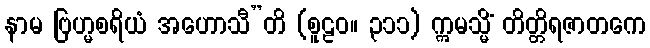
နာမ ဗြဟ္မစရိယံ အဟောသီ”တိ (စူဠဝ။ ၃၁၁) ဣမသ္မိံ တိတ္တိရဇာတကေ